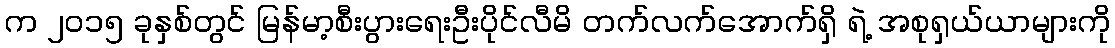
က ၂၀၁၅ ခုနှစ်တွင် မြန်မာ့စီးပွားရေးဦးပိုင်လီမိ တက်လက်အောက်ရှိ ရဲ့ အစုရှယ်ယာများကို